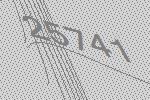
25741